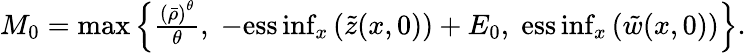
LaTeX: \begin{array}{r}{M_{0}=\operatorname*{max}\left\{ \frac{\left(\bar{\rho}\right)^{\theta}}{\theta},\; -\mathrm{ess}\operatorname*{inf}_{x}\left(\tilde{z}(x,0)\right)+E_{0},\; \mathrm{ess}\operatorname*{inf}_{x}\left(\tilde{w}(x,0)\right)\right\} .}\end{array}